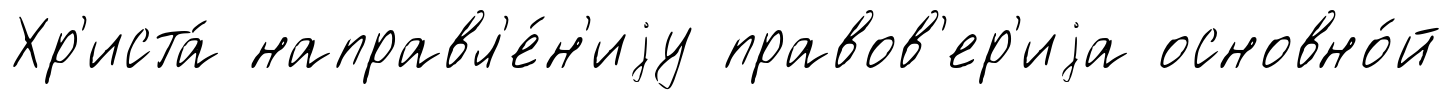
Хр'иста́ направл'е́н'иjу правов'ер'иjа основно́й